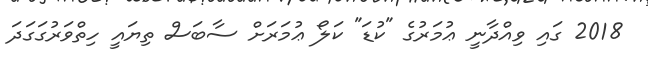
2018 ގައި ވިއްދާނީ ޢުމަރުގެ "ކުޑަ" ކަލޯ ޢުމަރަށް ސާބަސް ތިޔައީ ހިތްވަރުގަގަދަ